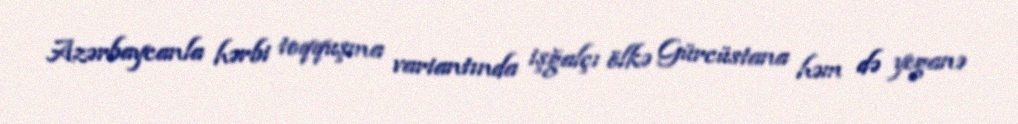
Azərbaycanla hərbi toqquşma variantında işğalçı ölkə Gürcüstana həm də yeganə